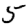
Digit: 5